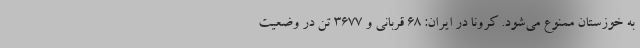
به خوزستان ممنوع می‌شود. کرونا در ایران: ۶۸ قربانی و ۳۶۷۷ تن در وضعیت